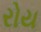
રોય